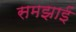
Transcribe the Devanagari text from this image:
समझाईं